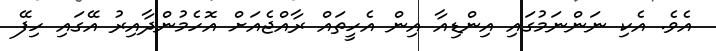
އެވެ. އެކި ނަންނަމުގައި އިންޑިއާ އިން އެހީތައް ރާއްޖެއަށް އޮހެމުންދާއިރު އޭގައި ހިފޭ